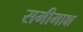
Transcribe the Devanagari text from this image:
समीमाक्ष